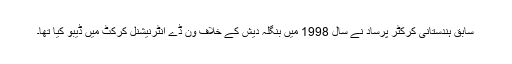
سابق ہندستانی کرکٹر پرساد نے سال 1998 میں بنگلہ دیش کے خلاف ون ڈے انٹرنیشنل کرکٹ میں ڈیبو کیا تھا۔